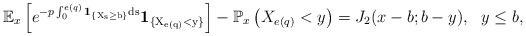
LaTeX: \begin{align*}\mathbb E_{x}\left[e^{-p\int_{0}^{e(q)}\rm{\bf{1}}_{\{X_s \geq b\}}ds}\rm{\bf{1}}_{\{X_{e(q)}< y\}}\right]-\mathbb P_x\left(X_{e(q)} < y\right)=J_2(x-b;b-y),\ \ y \leq b,\end{align*}